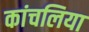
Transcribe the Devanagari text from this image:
कांचलिया